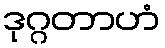
ဒုဂ္ဂတာဟံ